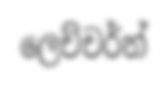
ලෙච්චර්න්